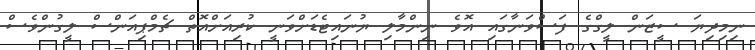
ނިމިދިޔަ ސީޒަން ލީގްގެ ފަސްވަނާގައި އޮވެ ނިންމާލި ޔުނައިޓެޑަށްވަނީ ކުރިއަށްއޮތް ޗެމްޕިއަންސް ލީގުންވެސް